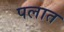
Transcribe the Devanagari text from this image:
पलात